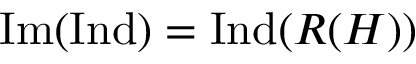
{ \mathrm { I m } } ( { \mathrm { I n d } } ) = { \mathrm { I n d } } ( R ( H ) )